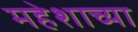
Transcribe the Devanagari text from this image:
महेशाच्या